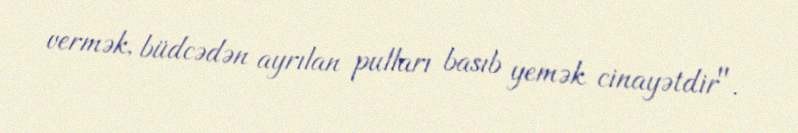
vermək, büdcədən ayrılan pulları basıb yemək cinayətdir".